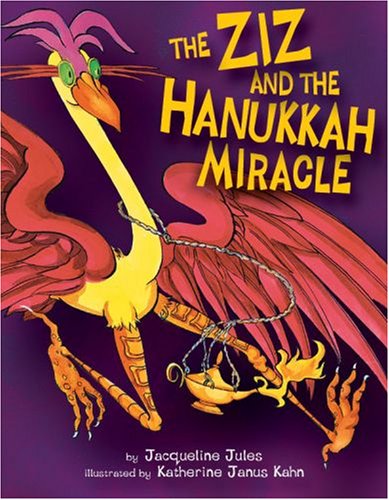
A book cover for The Ziz and the Hanukkah Miracle; Jacqueline Jules; Children's Books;